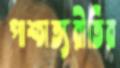
পাশ্চাত্যরীতির